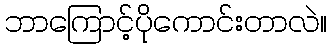
ဘာကြောင့်ပိုကောင်းတာလဲ။